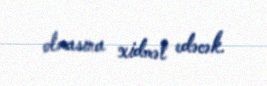
olmasına xidmət edəcək.